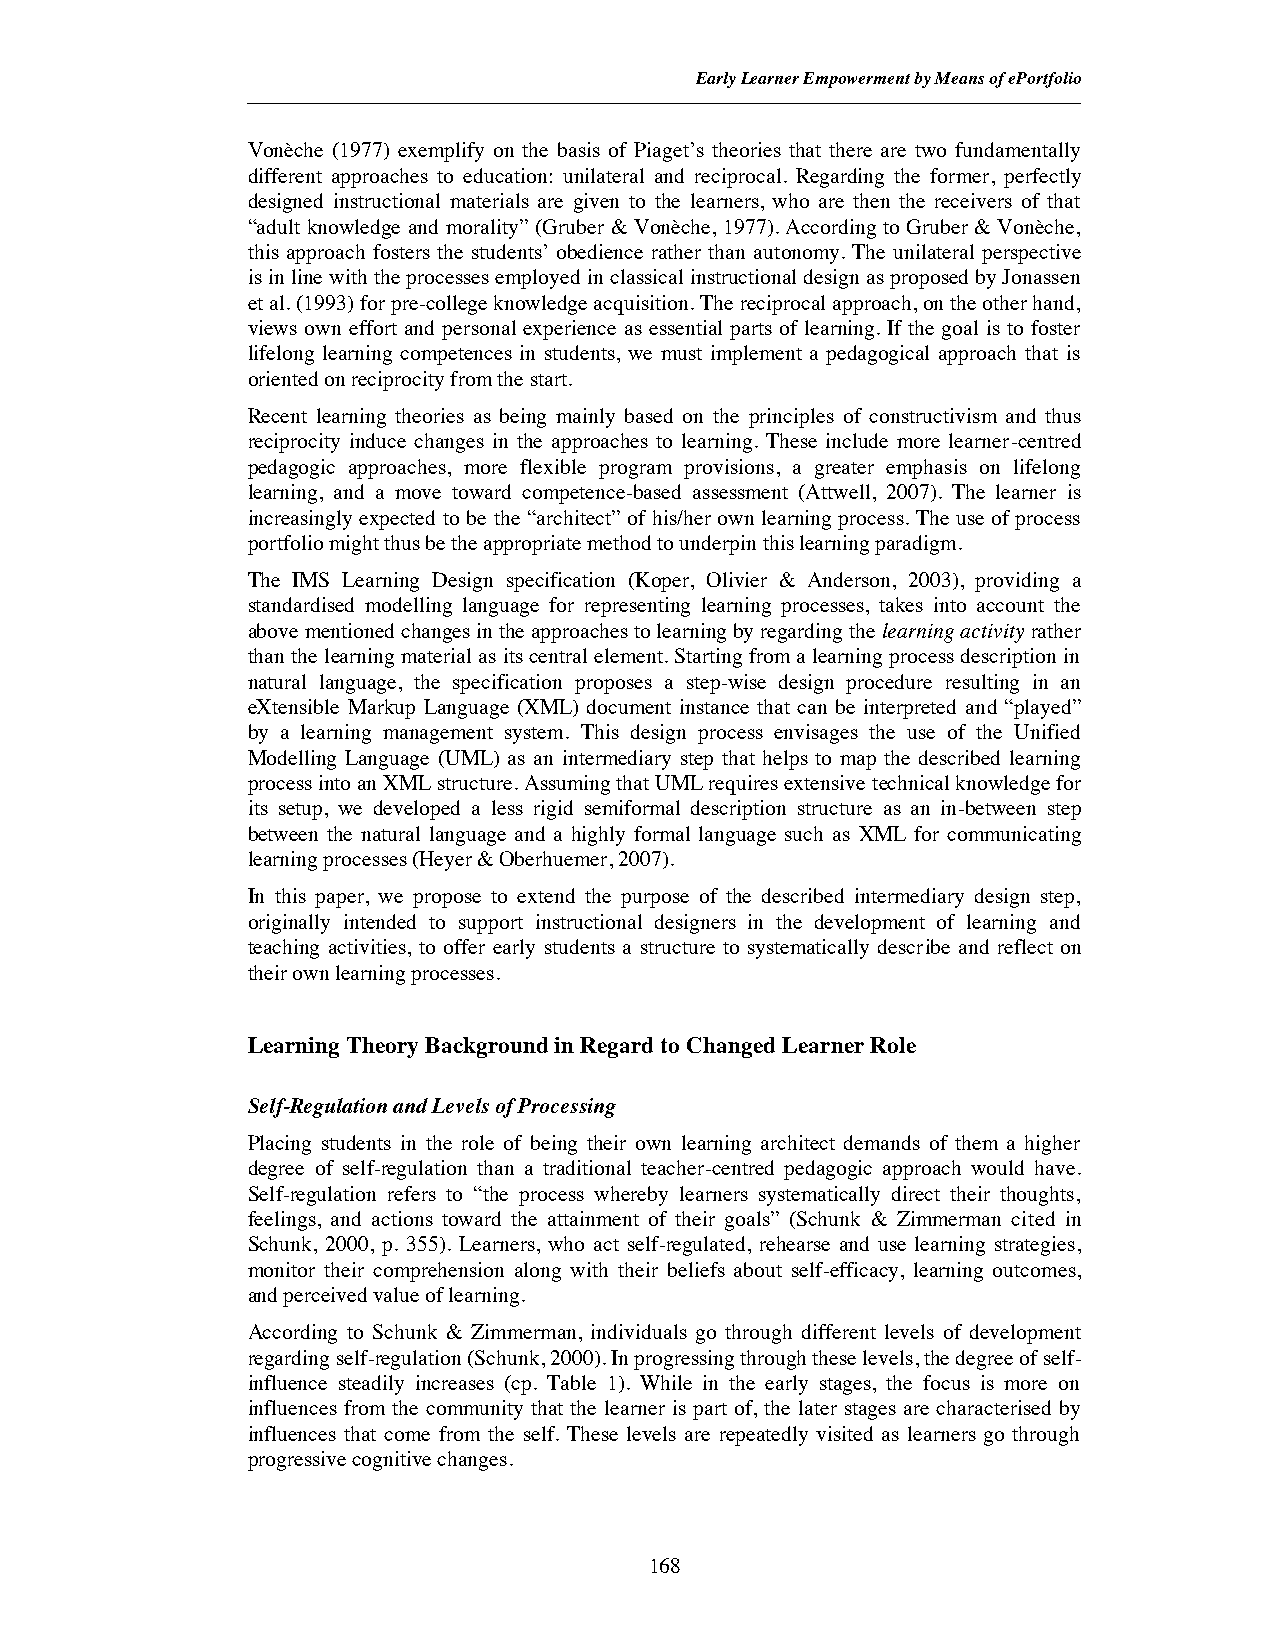
EarlyLearner Empowerment by Means of ePortfolio
 Vonèche (1977) exemplify on the basis of Piaget’s theories that there are two fundamentally
 different approaches to education: unilateral and reciprocal. Regarding the former, perfectly
 designed instructional materials are given to the learners, who are then the receivers of that
 “adult knowledge and morality” (Gruber & Vonèche, 1977). According to Gruber & Vonèche,
 this approach fosters the students’ obedience rather than autonomy. The unilateral perspective
 is in line with the processes employed in classical instructional design as proposed by Jonassen
 et al. (1993) for pre-college knowledge acquisition. The reciprocal approach, on the other hand,
 views own effort and personal experience as essential parts of learning. If the goal is to foster
 lifelong learning competences in students, we must implement a pedagogical approach that is
 oriented on reciprocity from the start.
 Recent learning theories as being mainly based on the principles of constructivism and thus
 reciprocity induce changes in the approaches to learning. These include more learner-centred
 pedagogic approaches, more flexible program provisions, a greater emphasis on lifelong
 learning, and a move toward competence-based assessment (Attwell, 2007). The learner is
 increasingly expected to be the “architect” of his/her own learning process. The use of process
 portfolio might thus be the appropriate method to underpin this learning paradigm.
 The IMS Learning Design specification (Koper, Olivier & Anderson, 2003), providing a
 standardised modelling language for representing learning processes, takes into account the
 above mentioned changes in the approaches to learning by regarding the learning activityrather
 than the learning material as its central element. Starting from a learning process description in
 natural language, the specification proposes a step-wise design procedure resulting in an
 eXtensible Markup Language (XML) document instance that can be interpreted and “played”
 by a learning management system. This design process envisages the use of the Unified
 Modelling Language (UML) as an intermediary step that helps to map the described learning
 process into an XML structure. Assuming that UML requires extensive technical knowledge for
 its setup, we developed a less rigid semiformal description structure as an in-between step
 between the natural language and a highly formal language such as XML for communicating
 learning processes (Heyer & Oberhuemer, 2007).
 In this paper, we propose to extend the purpose of the described intermediary design step,
 originally intended to support instructional designers in the development of learning and
 teaching activities, to offer early students a structure to systematically describe and reflect on
 their own learning processes.
 Learning Theory Background in Regard to Changed Learner Role
 Self-Regulation and Levels of Processing
 Placing students in the role of being their own learning architect demands of them a higher
 degree of self-regulation than a traditional teacher-centred pedagogic approach would have.
 Self-regulation refers to “the process whereby learners systematically direct their thoughts,
 feelings, and actions toward the attainment of their goals” (Schunk & Zimmerman cited in
 Schunk, 2000, p. 355). Learners, who act self-regulated, rehearse and use learning strategies,
 monitor their comprehension along with their beliefs about self-efficacy, learning outcomes,
 and perceived value of learning.
 According to Schunk & Zimmerman, individuals go through different levels of development
 regarding self-regulation (Schunk, 2000). In progressing through these levels, the degree of self-
 influence steadily increases (cp. Table 1). While in the early stages, the focus is more on
 influences from the community that the learner is part of, the later stages are characterised by
 influences that come from the self. These levels are repeatedly visited as learners go through
 progressive cognitive changes.
 168